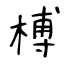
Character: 榑